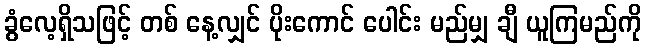
ခွံလေ့ရှိသဖြင့် တစ် နေ့လျှင် ပိုးကောင် ပေါင်း မည်မျှ ချီ ယူကြမည်ကို